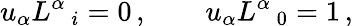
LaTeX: u_{\alpha}L^{\alpha}\, _{i}=0\, ,\qquad u_{\alpha}L^{\alpha}\, _{0}=1\, ,